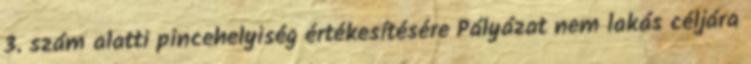
3. szám alatti pincehelyiség értékesítésére Pályázat nem lakás céljára